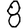
Digit: 8